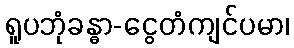
ရူပဘုံခန္ဓာ-ငွေတံကျင်ပမာ၊